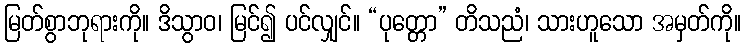
မြတ်စွာဘုရားကို။ ဒိသွာဝ၊ မြင်၍ ပင်လျှင်။ “ပုတ္တော” တိသညံ၊ သားဟူသော အမှတ်ကို။